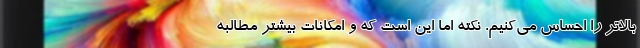
بالاتر را احساس می‌کنیم. نکته اما این است که و امکانات بیشتر مطالبه